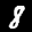
Label: 8